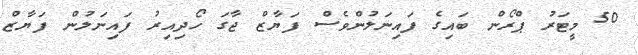
50 މީޓަރު ޕްރޯން ބައިގެ ފައިނަލުންވެސް ފަޔާޒް ޖާގަ ހޯދިއިރު ފައިނަލުން ފަޔާޒް